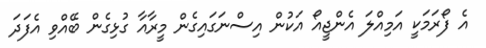
އެ ފޯރަމަކީ އަމިއްލަ އެންޖީއޯ އަކުން އިސްނަގައިގެން މީރާއާ ގުޅިގެން ބޭއްވި އެފަދަ